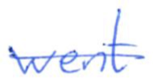
Text: went
Cross-out: single-line
Writing tool: ballpoint